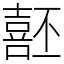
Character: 噽